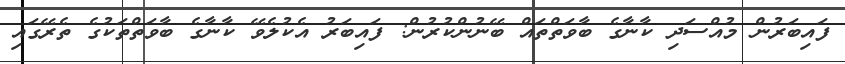
ފައިބަރުން މުއްސަދި ކާނާގެ ބާވަތްތައް ބޭނުންކުރުން: ފައިބަރު އެކުލެވޭ ކާނާގެ ބާވަތްތަކުގެ ތެރޭގައި